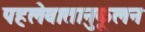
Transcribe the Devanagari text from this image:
पहलेवातानुकूलन